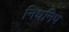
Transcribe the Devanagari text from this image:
निधनिप